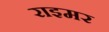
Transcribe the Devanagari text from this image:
राइमर